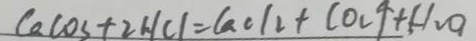
C a C O _ { 3 } + 2 H C l = C a C l _ { 2 } + C O _ { 2 } \uparrow + H _ { 2 } O